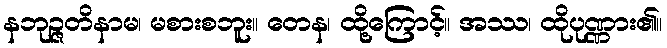
နဘုဉ္ဇတိနာမ၊ မစားစဘူး။ တေန၊ ထို့ကြောင့်။ အဿ၊ ထိုပုဏ္ဏား၏။